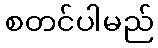
စတင်ပါမည်